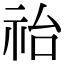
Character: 𥙉